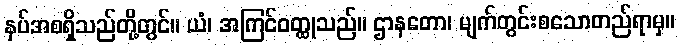
နှပ်အစရှိသည်တို့တွင်။ ယံ၊ အကြင်ဝတ္ထုသည်။ ဌာနတော၊ မျက်တွင်းစသောတည်ရာမှ။